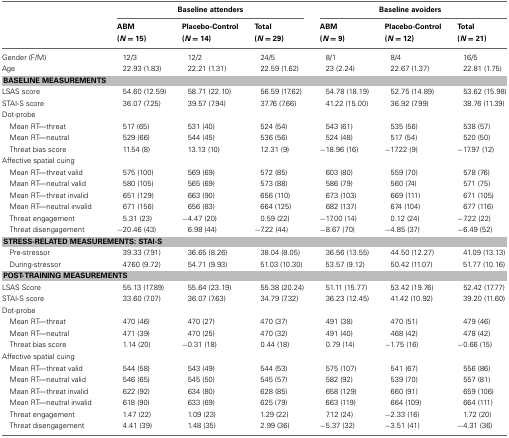
<table><thead><tr><td></td><td colspan="3"><b>Baseline attenders</b></td><td colspan="3"><b>Baseline avoiders</b></td></tr><tr><td></td><td><b>ABM</b></td><td><b>Placebo-Control</b></td><td><b>Total</b></td><td><b>ABM</b></td><td><b>Placebo-Control</b></td><td><b>Total</b></td></tr><tr><td></td><td><b>(<i>N</i> = 15)</b></td><td><b>(<i>N</i> = 14)</b></td><td><b>(<i>N</i> = 29)</b></td><td><b>(<i>N</i> = 9)</b></td><td><b>(<i>N</i> = 12)</b></td><td><b>(<i>N</i> = 21)</b></td></tr></thead><tbody><tr><td>Gender (F/M)</td><td>12/3</td><td>12/2</td><td>24/5</td><td>8/1</td><td>8/4</td><td>16/5</td></tr><tr><td>Age</td><td>22.93 (1.83)</td><td>22.21 (1.31)</td><td>22.59 (1.62)</td><td>23 (2.24)</td><td>22.67 (1.37)</td><td>22.81 (1.75)</td></tr><tr><td colspan="7"><b>BASELINE MEASUREMENTS</b></td></tr><tr><td>LSAS score</td><td>54.60 (12.59)</td><td>58.71 (22.10)</td><td>56.59 (17.62)</td><td>54.78 (18.19)</td><td>52.75 (14.89)</td><td>53.62 (15.98)</td></tr><tr><td>STAI-S score</td><td>36.07 (7.25)</td><td>39.57 (7.94)</td><td>37.76 (7.66)</td><td>41.22 (15.00)</td><td>36.92 (7.99)</td><td>38.76 (11.39)</td></tr><tr><td colspan="7">Dot-probe</td></tr><tr><td>Mean RT—threat</td><td>517 (65)</td><td>531 (40)</td><td>524 (54)</td><td>543 (61)</td><td>535 (56)</td><td>538 (57)</td></tr><tr><td>Mean RT—neutral</td><td>529 (66)</td><td>544 (45)</td><td>536 (56)</td><td>524 (48)</td><td>517 (54)</td><td>520 (50)</td></tr><tr><td>Threat bias score</td><td>11.54 (8)</td><td>13.13 (10)</td><td>12.31 (9)</td><td>−18.96 (16)</td><td>−17.22 (9)</td><td>−17.97 (12)</td></tr><tr><td colspan="7">Affective spatial cuing</td></tr><tr><td>Mean RT—threat valid</td><td>575 (100)</td><td>569 (69)</td><td>572 (85)</td><td>603 (80)</td><td>559 (70)</td><td>578 (76)</td></tr><tr><td>Mean RT—neutral valid</td><td>580 (105)</td><td>565 (69)</td><td>573 (88)</td><td>586 (79)</td><td>560 (74)</td><td>571 (75)</td></tr><tr><td>Mean RT—threat invalid</td><td>651 (129)</td><td>663 (90)</td><td>656 (110)</td><td>673 (103)</td><td>669 (111)</td><td>671 (105)</td></tr><tr><td>Mean RT—neutral invalid</td><td>671 (156)</td><td>656 (83)</td><td>664 (125)</td><td>682 (137)</td><td>674 (104)</td><td>677 (116)</td></tr><tr><td>Threat engagement</td><td>5.31 (23)</td><td>−4.47 (20)</td><td>0.59 (22)</td><td>−17.00 (14)</td><td>0.12 (24)</td><td>−7.22 (22)</td></tr><tr><td>Threat disengagement</td><td>−20.46 (43)</td><td>6.98 (44)</td><td>−7.22 (44)</td><td>−8.67 (70)</td><td>−4.85 (37)</td><td>−6.49 (52)</td></tr><tr><td colspan="7"><b>STRESS-RELATED MEASUREMENTS: STAI-S</b></td></tr><tr><td>Pre-stressor</td><td>39.33 (7.91)</td><td>36.65 (8.26)</td><td>38.04 (8.05)</td><td>36.56 (13.55)</td><td>44.50 (12.27)</td><td>41.09 (13.13)</td></tr><tr><td>During-stressor</td><td>47.60 (9.72)</td><td>54.71 (9.93)</td><td>51.03 (10.30)</td><td>53.57 (9.12)</td><td>50.42 (11.07)</td><td>51.77 (10.16)</td></tr><tr><td colspan="7"><b>POST-TRAINING MEASUREMENTS</b></td></tr><tr><td>LSAS Score</td><td>55.13 (17.89)</td><td>55.64 (23.19)</td><td>55.38 (20.24)</td><td>51.11 (15.77)</td><td>53.42 (19.76)</td><td>52.42 (17.77)</td></tr><tr><td>STAI-S score</td><td>33.60 (7.07)</td><td>36.07 (7.63)</td><td>34.79 (7.32)</td><td>36.23 (12.45)</td><td>41.42 (10.92)</td><td>39.20 (11.60)</td></tr><tr><td colspan="7">Dot-probe</td></tr><tr><td>Mean RT—threat</td><td>470 (46)</td><td>470 (27)</td><td>470 (37)</td><td>491 (38)</td><td>470 (51)</td><td>479 (46)</td></tr><tr><td>Mean RT—neutral</td><td>471 (39)</td><td>470 (25)</td><td>470 (32)</td><td>491 (40)</td><td>468 (42)</td><td>478 (42)</td></tr><tr><td>Threat bias score</td><td>1.14 (20)</td><td>−0.31 (18)</td><td>0.44 (18)</td><td>0.79 (14)</td><td>−1.75 (16)</td><td>−0.66 (15)</td></tr><tr><td colspan="7">Affective spatial cuing</td></tr><tr><td>Mean RT—threat valid</td><td>544 (58)</td><td>543 (49)</td><td>544 (53)</td><td>575 (107)</td><td>541 (67)</td><td>556 (86)</td></tr><tr><td>Mean RT—neutral valid</td><td>546 (65)</td><td>545 (50)</td><td>545 (57)</td><td>582 (92)</td><td>539 (70)</td><td>557 (81)</td></tr><tr><td>Mean RT—threat invalid</td><td>622 (92)</td><td>634 (80)</td><td>628 (85)</td><td>658 (129)</td><td>660 (91)</td><td>659 (106)</td></tr><tr><td>Mean RT—neutral invalid</td><td>618 (90)</td><td>633 (69)</td><td>625 (79)</td><td>663 (119)</td><td>664 (109)</td><td>664 (111)</td></tr><tr><td>Threat engagement</td><td>1.47 (22)</td><td>1.09 (23)</td><td>1.29 (22)</td><td>7.12 (24)</td><td>−2.33 (16)</td><td>1.72 (20)</td></tr><tr><td>Threat disengagement</td><td>4.41 (39)</td><td>1.48 (35)</td><td>2.99 (36)</td><td>−5.37 (32)</td><td>−3.51 (41)</td><td>−4.31 (36)</td></tr></tbody></table>